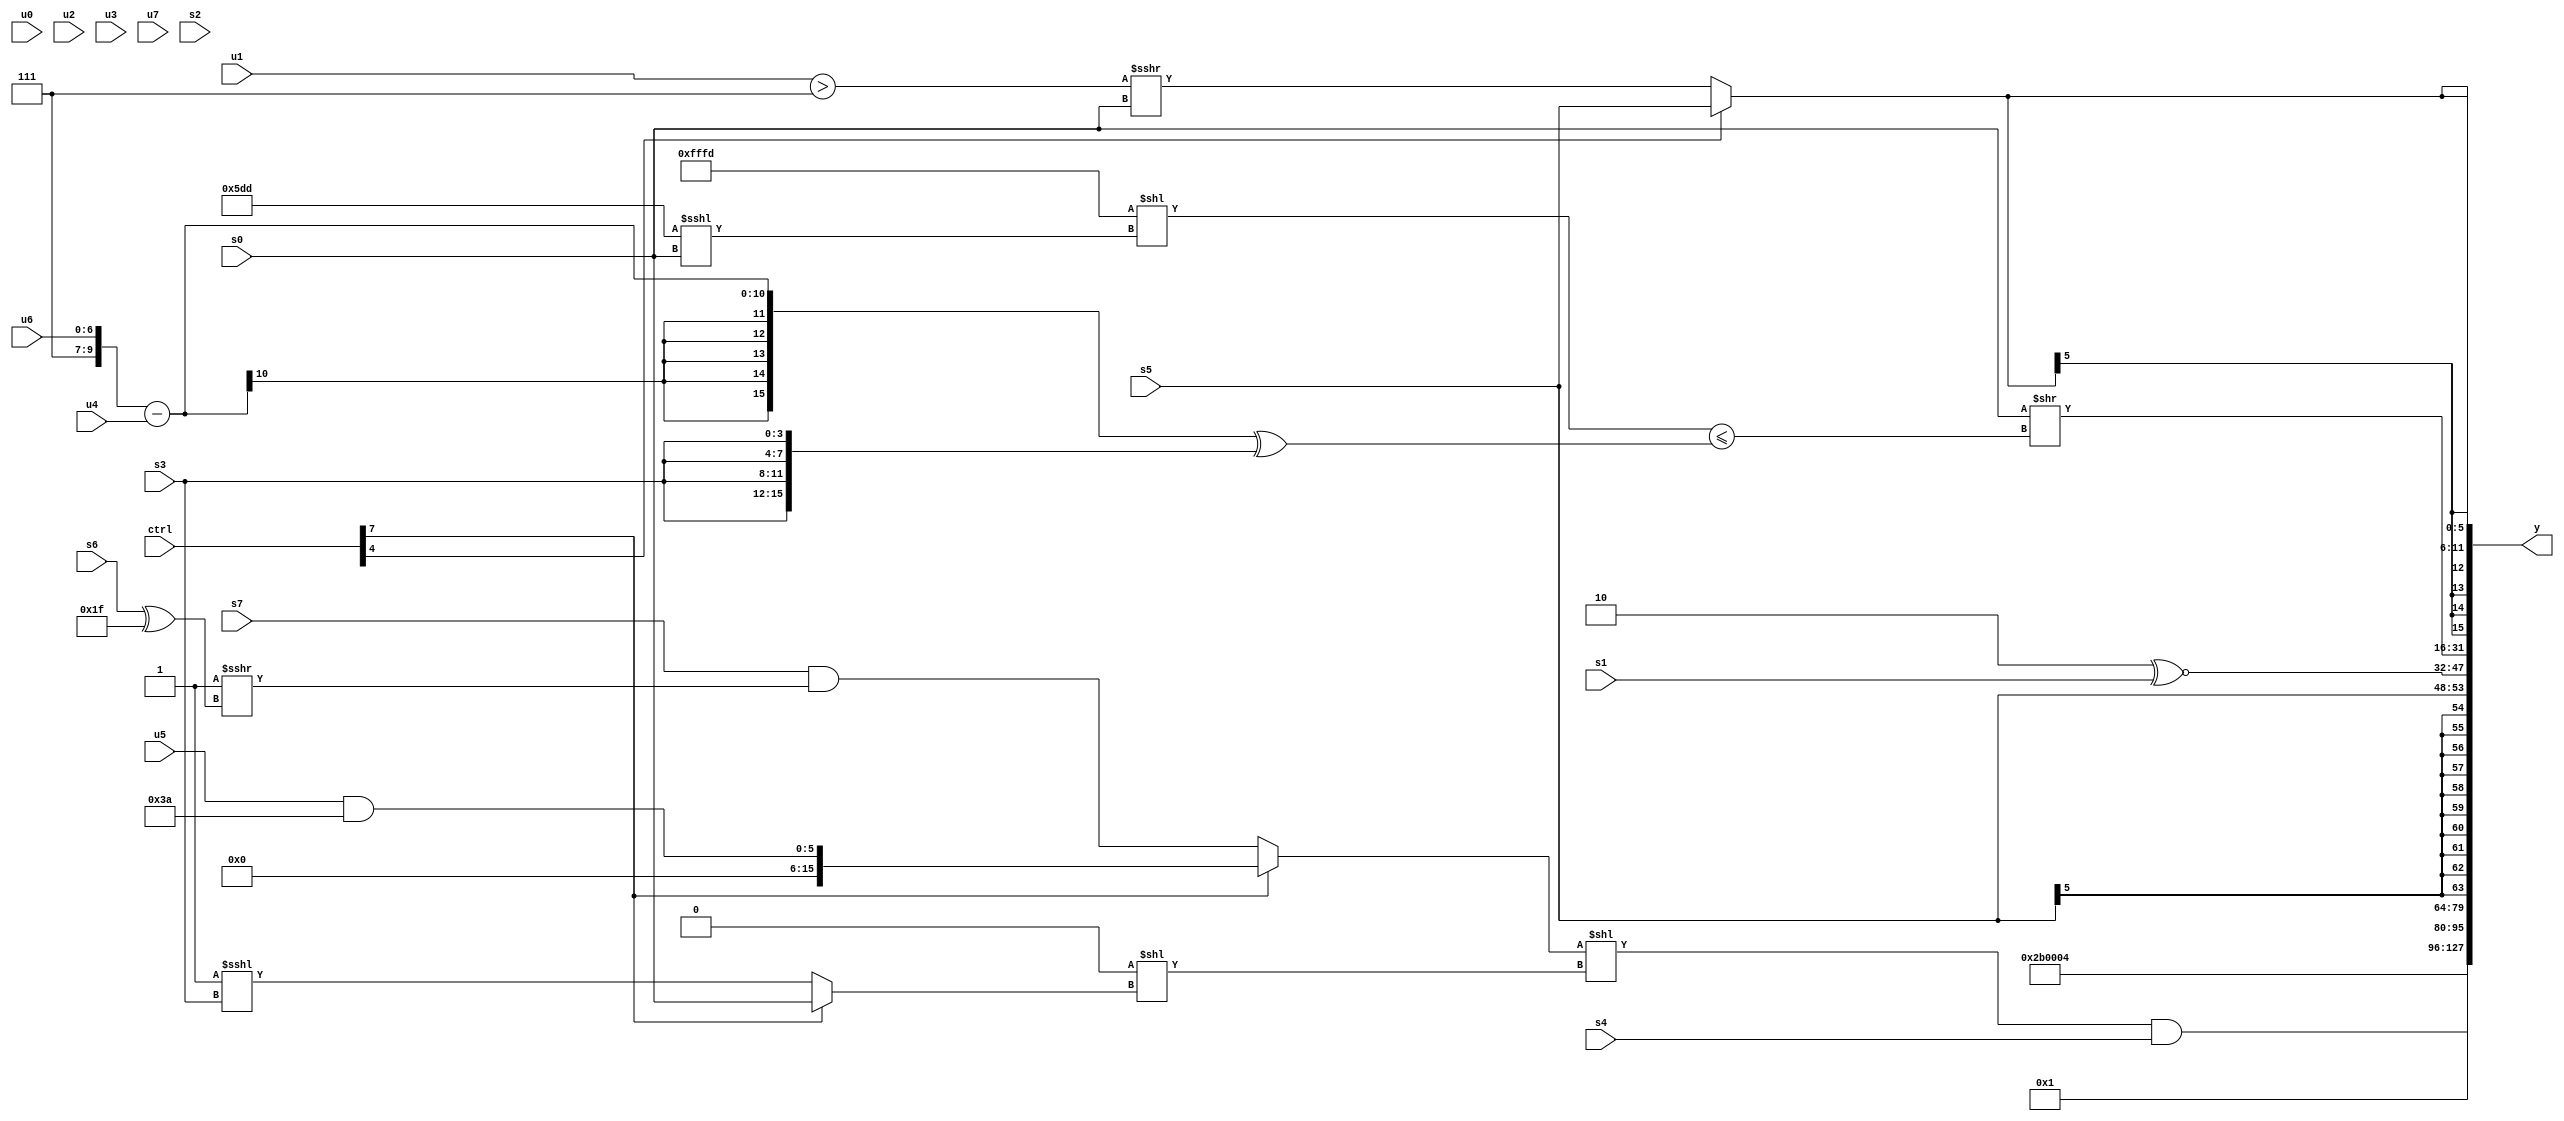
module wideexpr_00914(ctrl, u0, u1, u2, u3, u4, u5, u6, u7, s0, s1, s2, s3, s4, s5, s6, s7, y);
  input [7:0] ctrl;
  input [0:0] u0;
  input [1:0] u1;
  input [2:0] u2;
  input [3:0] u3;
  input [4:0] u4;
  input [5:0] u5;
  input [6:0] u6;
  input [7:0] u7;
  input signed [0:0] s0;
  input signed [1:0] s1;
  input signed [2:0] s2;
  input signed [3:0] s3;
  input signed [4:0] s4;
  input signed [5:0] s5;
  input signed [6:0] s6;
  input signed [7:0] s7;
  output [127:0] y;
  wire [15:0] y0;
  wire [15:0] y1;
  wire [15:0] y2;
  wire [15:0] y3;
  wire [15:0] y4;
  wire [15:0] y5;
  wire [15:0] y6;
  wire [15:0] y7;
  assign y = {y0,y1,y2,y3,y4,y5,y6,y7};
  assign y0 = 6'b101011;
  assign y1 = 4'sb0100;
  assign y2 = (((ctrl[7]?($signed(u5))&(6'sb111010):($signed(s7))&(($signed(1'sb1))>>>((s6)^(5'b11111)))))<<(((5'sb00001)>>>(4'sb1001))<<(((ctrl[7]?-(s0):(1'sb1)<<<(s3)))>>(($signed(s7))>>(6'sb001001)))))&({s4});
  assign y3 = 2'sb01;
  assign y4 = $signed(s5);
  assign y5 = (5'b00010)^~(s1);
  assign y6 = ($signed(s0))>>(((-({1{2'sb11}}))<<($unsigned(($signed({3{4'b1101}}))<<<($signed(s0)))))<=(+((({-(4'sb1001),+(u6)})-(u4))^({4{s3}}))));
  assign y7 = $signed({2{$unsigned((ctrl[4]?s5:((u1)>(4'b0111))>>>(s0)))}});
endmodule